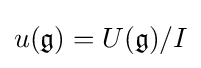
u({\mathfrak {g}})=U({\mathfrak {g}})/I